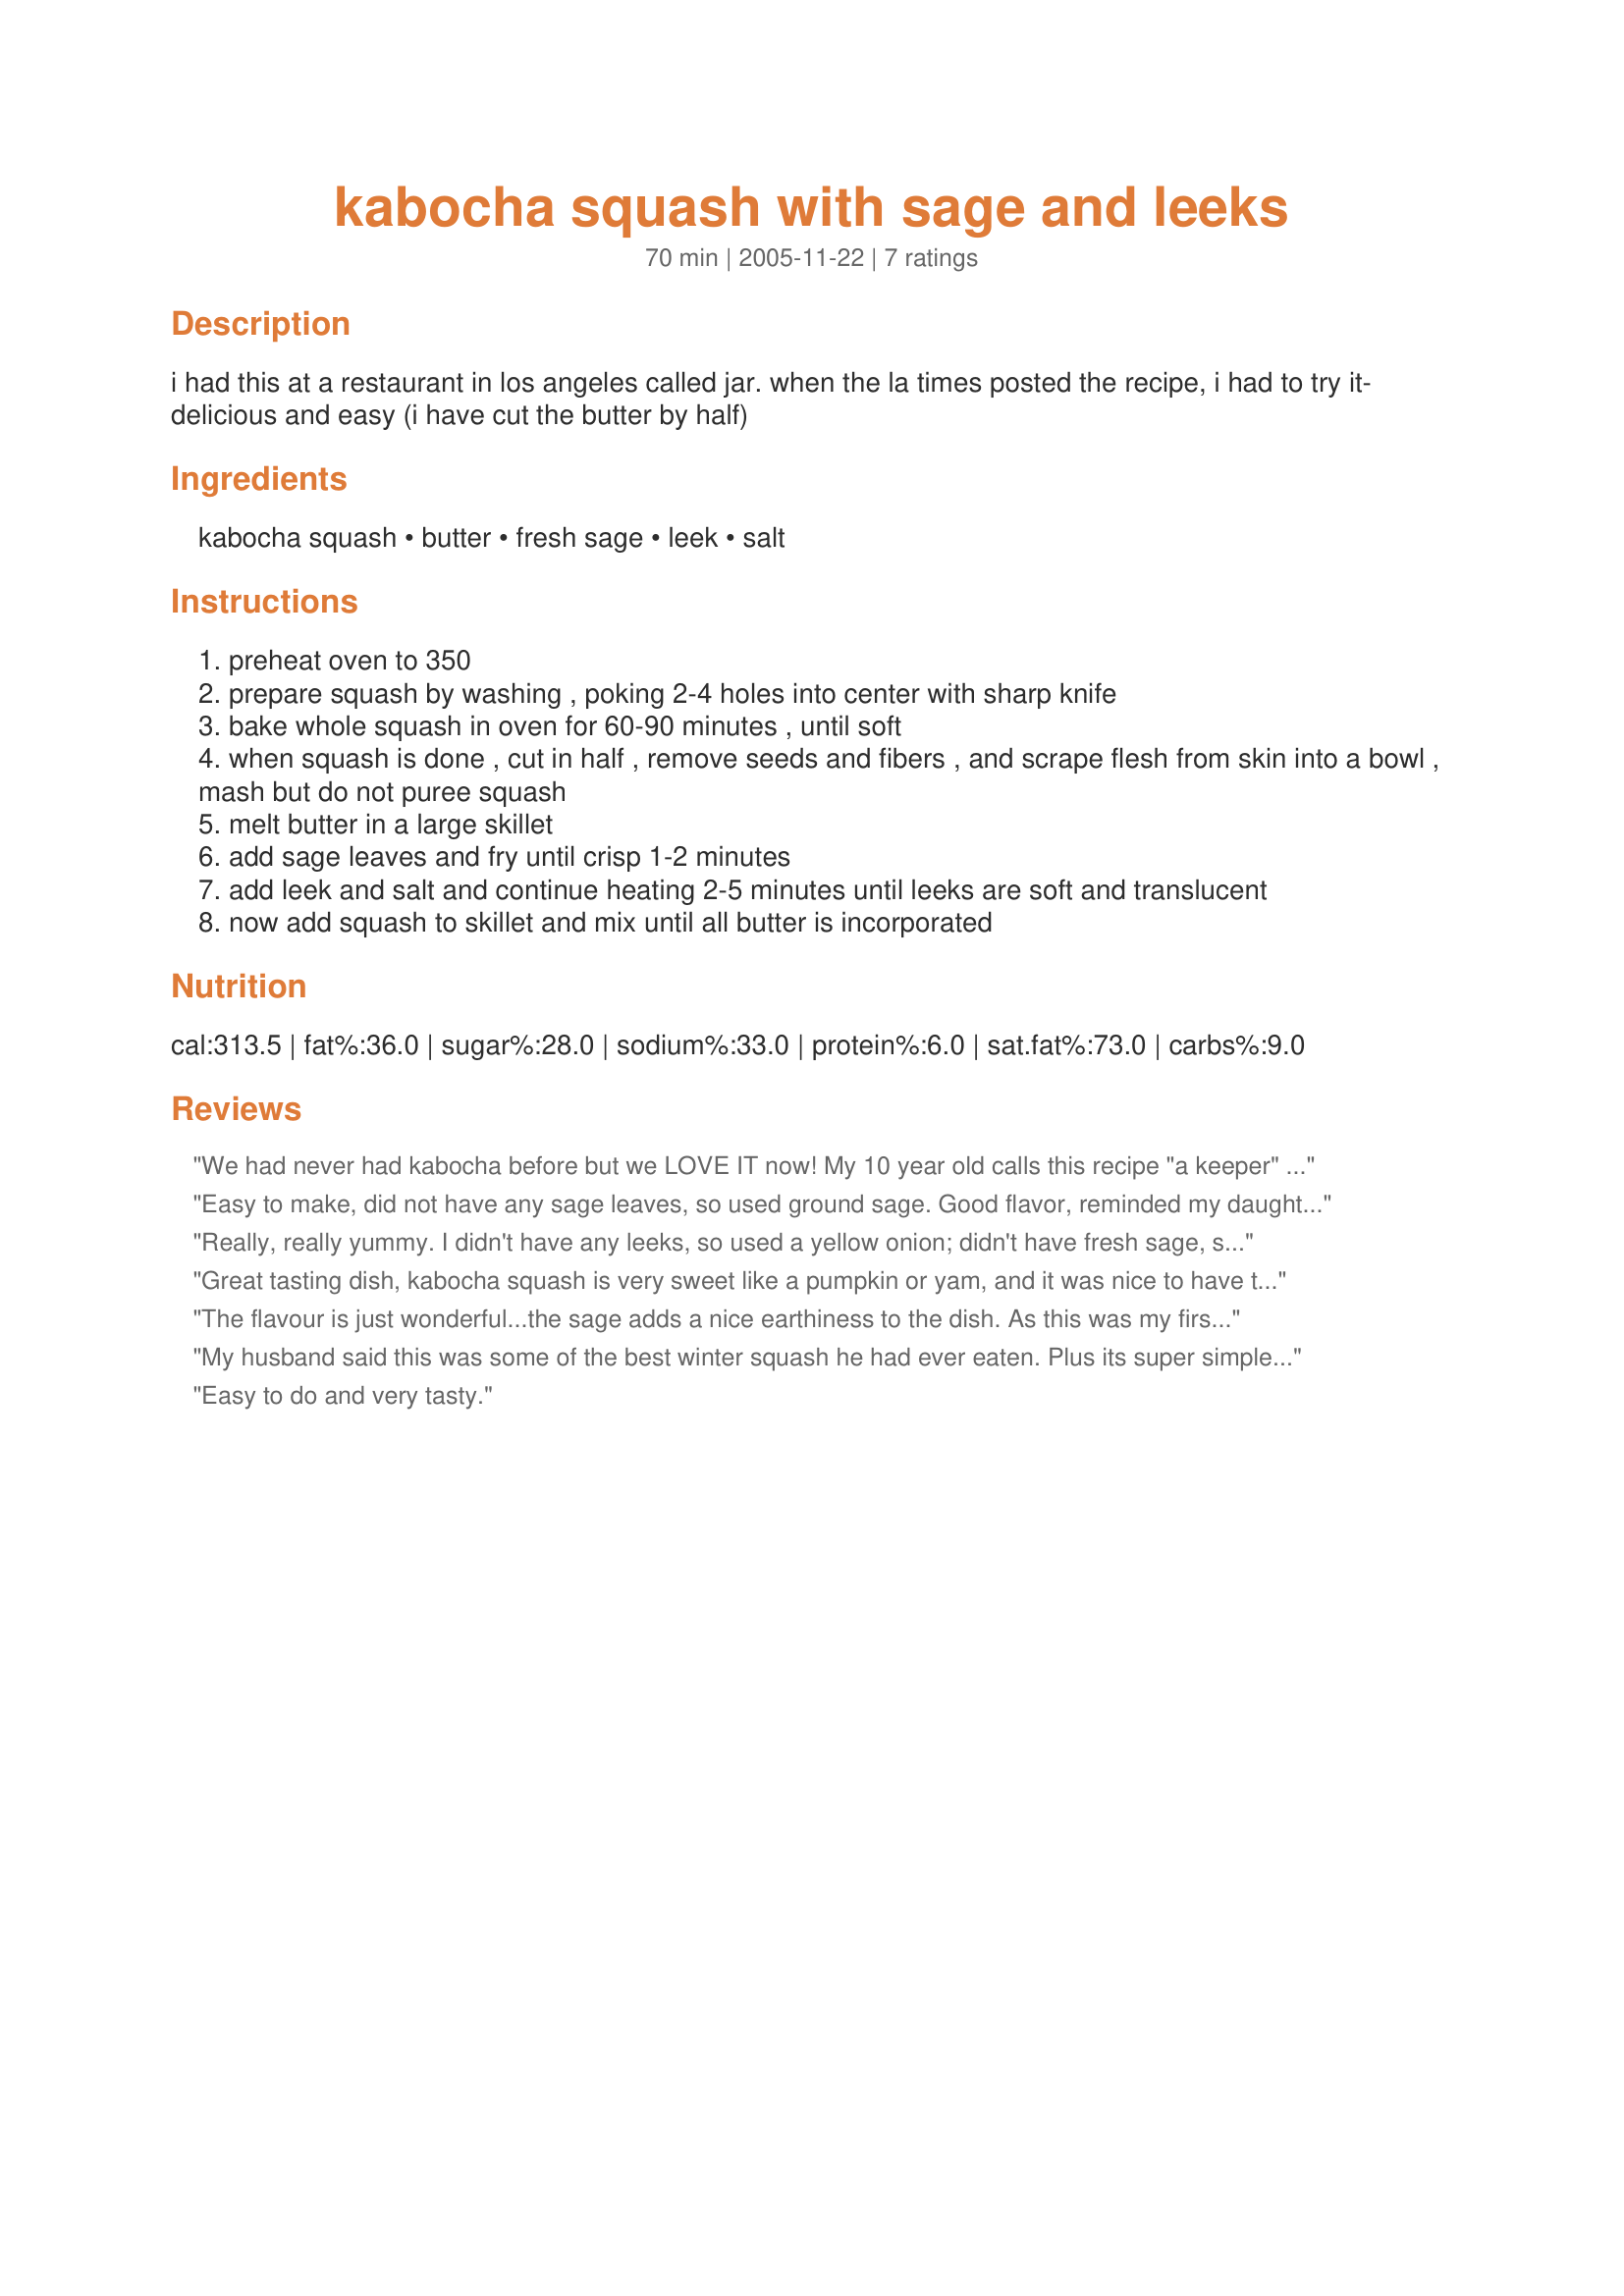
kabocha squash with sage and leeks
Preparation time: 70 minutes

i had this at a restaurant in los angeles called jar. when the la times posted the recipe, i had to try it- delicious and easy (i have cut the butter by half)

Ingredients:
kabocha squash, butter, fresh sage, leek, salt

Steps:
preheat oven to 350
prepare squash by washing , poking 2-4 holes into center with sharp knife
bake whole squash in oven for 60-90 minutes , until soft
when squash is done , cut in half , remove seeds and fibers , and scrape flesh from skin into a bowl , mash but do not puree squash
melt butter in a large skillet
add sage leaves and fry until crisp 1-2 minutes
add leek and salt and continue heating 2-5 minutes until leeks are soft and translucent
now add squash to skillet and mix until all butter is incorporated

Reviews:
We had never had kabocha before but we LOVE IT now! My 10 year old calls this recipe "a keeper" and my husband licked his plate clean... oohing and aaahing over it the whole time!!! Thank you so much for the inspiration! Food.com cooks never let me down!!
Easy to make, did not have any sage leaves, so used ground sage. Good flavor, reminded my daughter of stuffing becuse of the sage seasoning
Really, really yummy. I didn't have any leeks, so used a yellow onion; didn't have fresh sage, so used rubbed sage; didn't have time to roast in the oven, so I chunked it up & steamed the squash - still turned out great! I also used less butter (about 2/3 of a stick) which I won't do next time since I thought it turned out a little dry - but oh, still so yummy!
Great tasting dish, kabocha squash is very sweet like a pumpkin or yam, and it was nice to have the leeks and sage for contrast. This would be a nice side at Thanksgiving in place of your usual candied yams. Served with roast chicken, potatoes and carrots, and cranberry sauce. [Made for Zaar Cookbook Tag]
The flavour is just wonderful...the sage adds a nice earthiness to the dish. As this was my first attempt at using Kabocha...I found that is was quite different from other squash I have used. It was alot more drier than most. It was almost too dry. I don't know if that is the way they are...or if I may have overcooked it. At any rate...I will be trying this again and maybe using a wee bit of chicken stock to thin if needed. Thank you for sharing.
My husband said this was some of the best winter squash he had ever eaten. Plus its super simple. I really liked not having to try to cut the squash before it was cooked since they have such hard shells. I still had fresh sage in my container garden and its a very nice addition to the dish.
Easy to do and very tasty.
